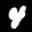
Label: 4